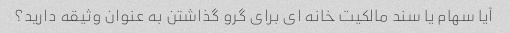
آیا سهام یا سند مالکیت خانه ای برای گرو گذاشتن به عنوان وثیقه دارید؟